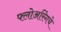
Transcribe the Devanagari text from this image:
फ्लोअरिंगचे